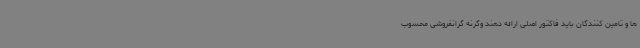
ها و تامین کنندگان باید فاکتور اصلی ارائه دهند وگرنه گرانفروشی محسوب